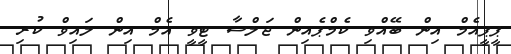
ޕީޕީއެމް އިން ބޭއްވި ކެމްޕެއިން ޖަލްސާ ޓީވީ އެމް އިން ލައިވް ކުރި